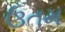
ઉતમ